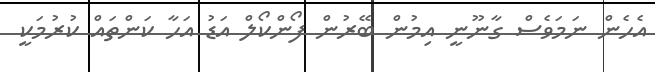
އެހެން ނަމަވެސް ގާނޫނީ އިމުން ބޭރުން ފޯންކޯލް އަޑު އަހާ ކަންތައް ކުރުމަކީ